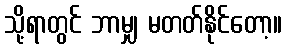
သို့ရာတွင် ဘာမျှ မတတ်နိုင်တော့။